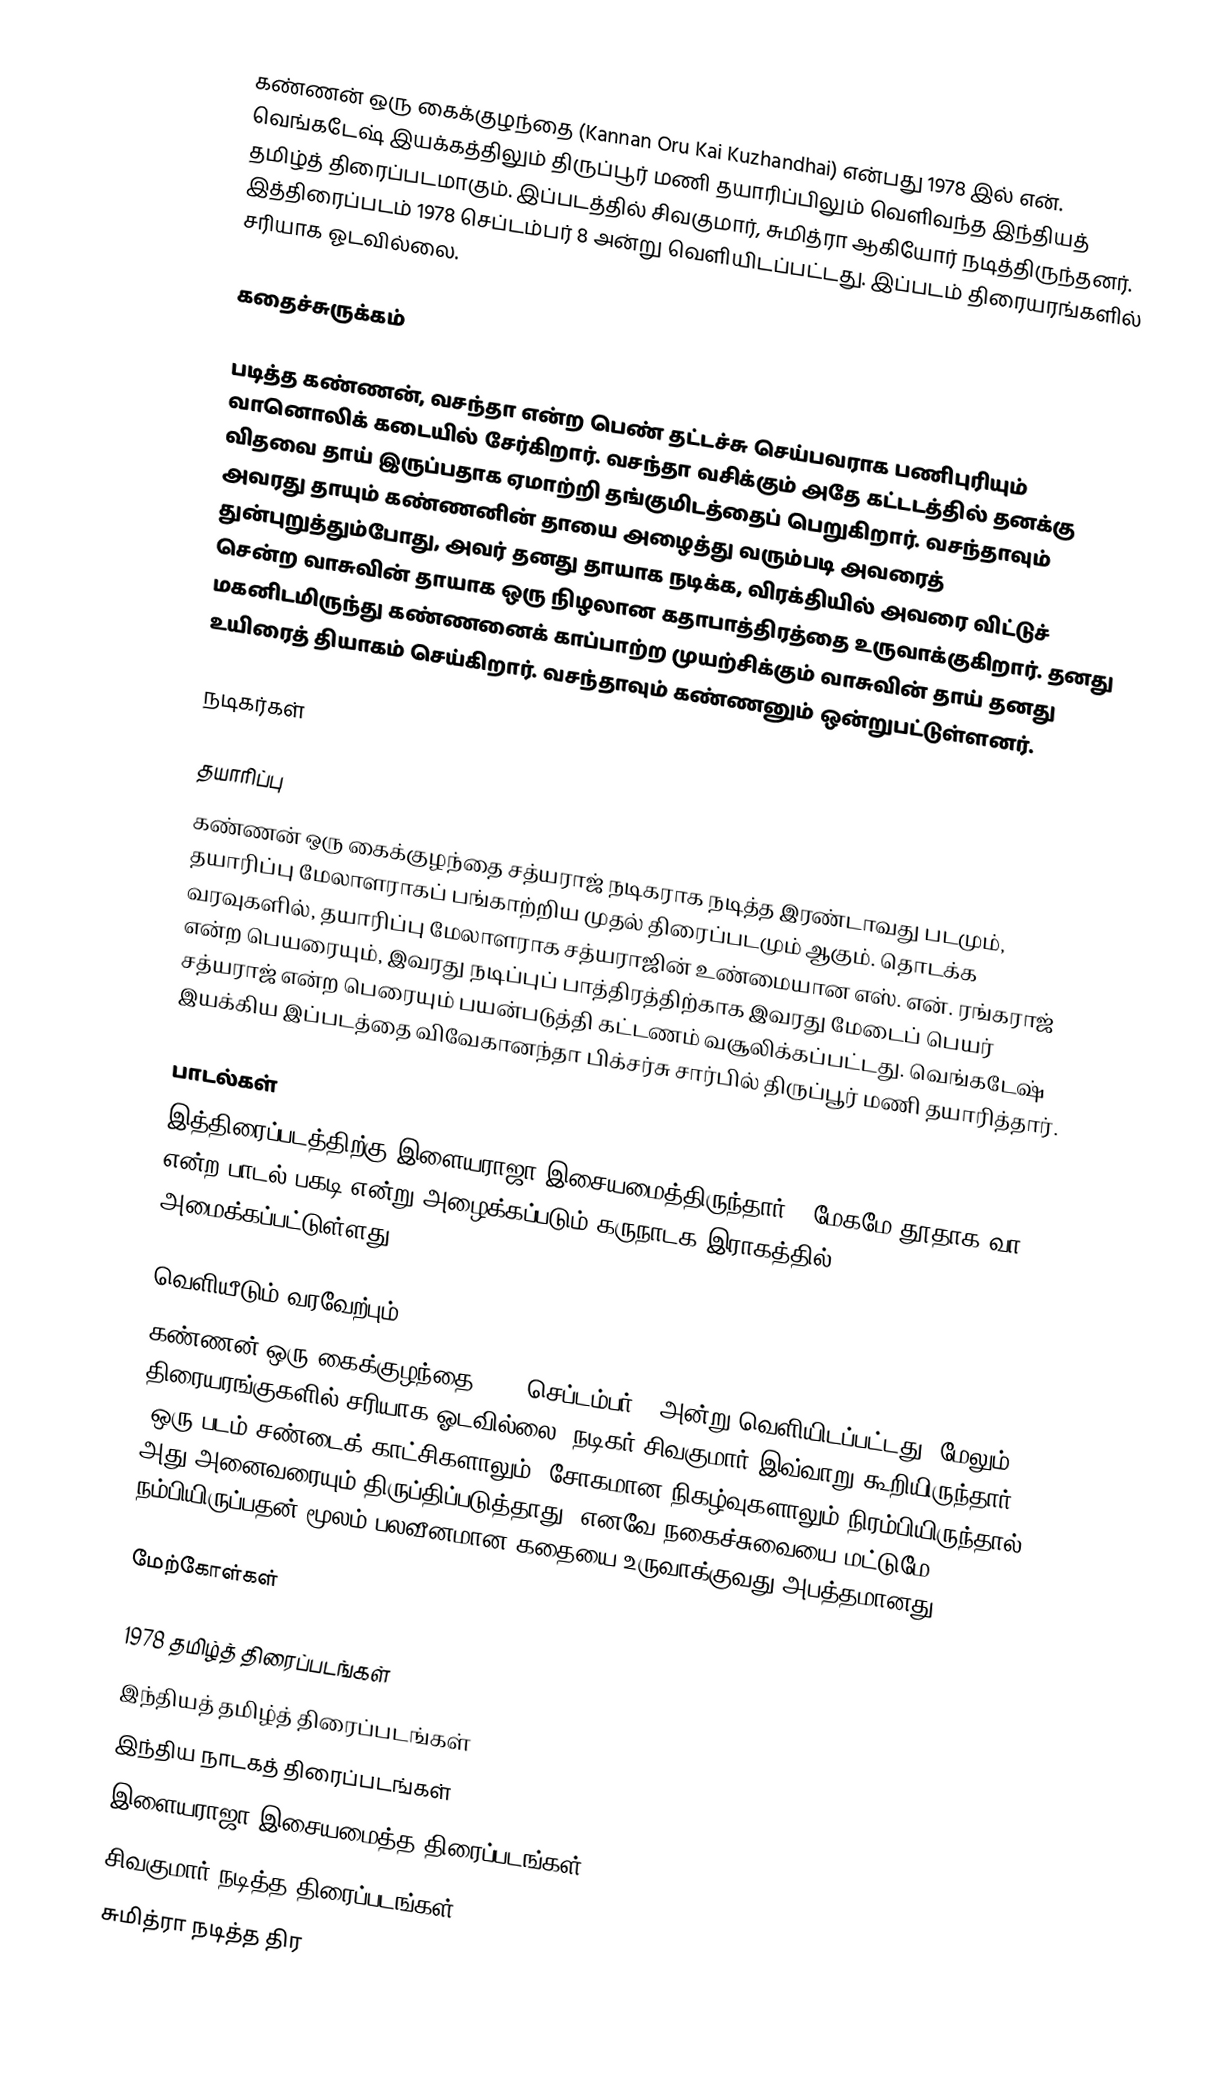
கண்ணன் ஒரு கைக்குழந்தை (Kannan Oru Kai Kuzhandhai) என்பது 1978 இல் என். வெங்கடேஷ் இயக்கத்திலும் திருப்பூர் மணி தயாரிப்பிலும் வெளிவந்த இந்தியத் தமிழ்த் திரைப்படமாகும். இப்படத்தில் சிவகுமார், சுமித்ரா ஆகியோர் நடித்திருந்தனர். இத்திரைப்படம் 1978 செப்டம்பர் 8 அன்று வெளியிடப்பட்டது. இப்படம் திரையரங்களில் சரியாக ஓடவில்லை.

கதைச்சுருக்கம்

படித்த கண்ணன், வசந்தா என்ற பெண் தட்டச்சு செய்பவராக பணிபுரியும் வானொலிக் கடையில் சேர்கிறார். வசந்தா வசிக்கும் அதே கட்டடத்தில் தனக்கு விதவை தாய் இருப்பதாக ஏமாற்றி தங்குமிடத்தைப் பெறுகிறார். வசந்தாவும் அவரது தாயும் கண்ணனின் தாயை அழைத்து வரும்படி அவரைத் துன்புறுத்தும்போது, அவர் தனது தாயாக நடிக்க, விரக்தியில் அவரை விட்டுச் சென்ற வாசுவின் தாயாக ஒரு நிழலான கதாபாத்திரத்தை உருவாக்குகிறார். தனது மகனிடமிருந்து கண்ணனைக் காப்பாற்ற முயற்சிக்கும் வாசுவின் தாய் தனது உயிரைத் தியாகம் செய்கிறார். வசந்தாவும் கண்ணனும் ஒன்றுபட்டுள்ளனர்.

நடிகர்கள்

தயாரிப்பு
கண்ணன் ஒரு கைக்குழந்தை சத்யராஜ் நடிகராக நடித்த இரண்டாவது படமும், தயாரிப்பு மேலாளராகப் பங்காற்றிய முதல் திரைப்படமும் ஆகும். தொடக்க வரவுகளில், தயாரிப்பு மேலாளராக சத்யராஜின் உண்மையான எஸ். என். ரங்கராஜ் என்ற பெயரையும், இவரது நடிப்புப் பாத்திரத்திற்காக இவரது மேடைப் பெயர் சத்யராஜ் என்ற பெரையும் பயன்படுத்தி கட்டணம் வசூலிக்கப்பட்டது. வெங்கடேஷ் இயக்கிய இப்படத்தை விவேகானந்தா பிக்சர்சு சார்பில் திருப்பூர் மணி தயாரித்தார்.

பாடல்கள்
இத்திரைப்படத்திற்கு இளையராஜா இசையமைத்திருந்தார். "மேகமே தூதாக வா" என்ற பாடல் பகடி என்று அழைக்கப்படும் கருநாடக இராகத்தில் அமைக்கப்பட்டுள்ளது.

வெளியீடும் வரவேற்பும்
கண்ணன் ஒரு கைக்குழந்தை 1978 செப்டம்பர் 8 அன்று வெளியிடப்பட்டது. மேலும் திரையரங்குகளில் சரியாக ஓடவில்லை. நடிகர் சிவகுமார் இவ்வாறு கூறியிருந்தார். "ஒரு படம் சண்டைக் காட்சிகளாலும், சோகமான நிகழ்வுகளாலும் நிரம்பியிருந்தால், அது அனைவரையும் திருப்திப்படுத்தாது. எனவே நகைச்சுவையை மட்டுமே நம்பியிருப்பதன் மூலம் பலவீனமான கதையை உருவாக்குவது அபத்தமானது".

மேற்கோள்கள்

1978 தமிழ்த் திரைப்படங்கள்
இந்தியத் தமிழ்த் திரைப்படங்கள்
இந்திய நாடகத் திரைப்படங்கள்
இளையராஜா இசையமைத்த திரைப்படங்கள்
சிவகுமார் நடித்த திரைப்படங்கள்
சுமித்ரா நடித்த திர